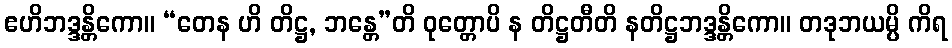
ဧဟိဘဒ္ဒန္တိကော။ “တေန ဟိ တိဋ္ဌ, ဘန္တေ”တိ ဝုတ္တောပိ န တိဋ္ဌတီတိ နတိဋ္ဌဘဒ္ဒန္တိကော။ တဒုဘယမ္ပိ ကိရ